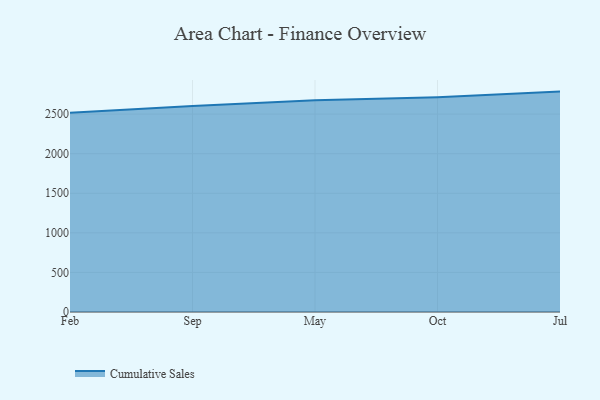
{"axis": {"x": "Month", "y": "Customer Acquisition Cost (USD)"}, "legend": ["Cumulative Sales"], "data": [{"x": "Feb", "y": 2515.6, "type": "Cumulative Sales"}, {"x": "Sep", "y": 2603.1, "type": "Cumulative Sales"}, {"x": "May", "y": 2673.5, "type": "Cumulative Sales"}, {"x": "Oct", "y": 2712.2, "type": "Cumulative Sales"}, {"x": "Jul", "y": 2784.3, "type": "Cumulative Sales"}]}